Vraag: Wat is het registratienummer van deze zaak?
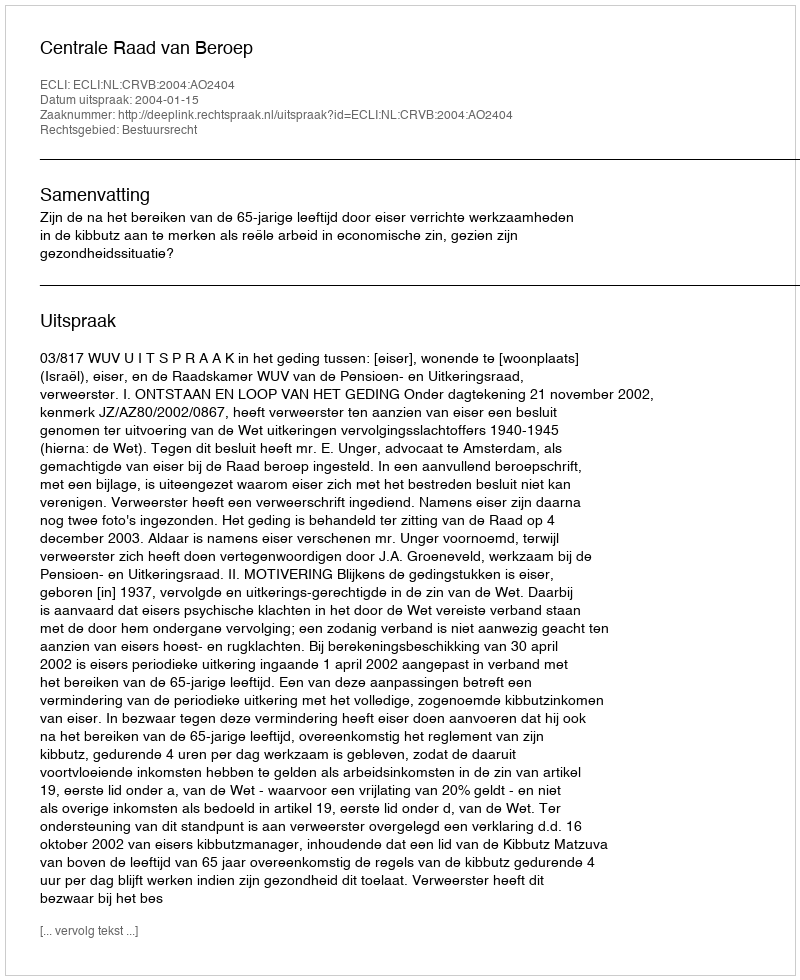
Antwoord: http://deeplink.rechtspraak.nl/uitspraak?id=ECLI:NL:CRVB:2004:AO2404